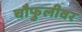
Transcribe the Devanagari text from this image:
चौफुलीवर